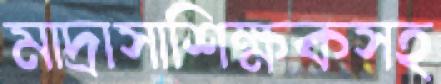
মাদ্রাসাশিক্ষকসহ